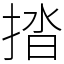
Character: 㧺